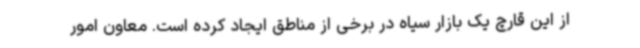
از این قارچ یک بازار سیاه در برخی از مناطق ایجاد کرده است. معاون امور